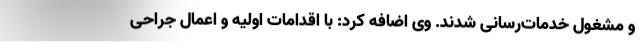
و مشغول خدمات‌رسانی شدند. وی اضافه کرد: با اقدامات اولیه و اعمال جراحی